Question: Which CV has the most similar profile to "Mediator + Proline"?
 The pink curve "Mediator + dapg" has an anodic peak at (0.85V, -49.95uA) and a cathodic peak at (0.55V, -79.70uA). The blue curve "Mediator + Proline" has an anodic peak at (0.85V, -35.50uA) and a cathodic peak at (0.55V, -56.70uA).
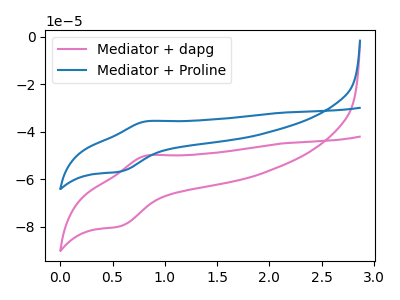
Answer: <think>All the peaks in "Mediator + dapg" have a peak in "Mediator + Proline" at the same potential.
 </think>
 <answer>The CV with the most similar shape to "Mediator + dapg" is "Mediator + Proline".</answer>
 <eval>"Mediator + Proline"</eval>